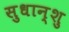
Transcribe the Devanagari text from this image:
सुधान्शु